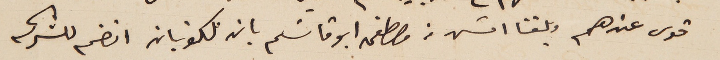
قوى عندهم وبلغنا امسَ من مصطفى ابو قاسَم بان ملكونيان انضم للشركه